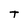
Character: T